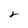
Character: 2